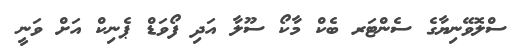
ސްލޮވޭނިޔާގެ ސެންޓަރ ބެކް މާކޯ ސޫލާ އަދި ފޯވަޑް ޕެނިކް އަށް ވަނީ